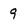
Character: 9